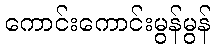
ကောင်းကောင်းမွန်မွန်